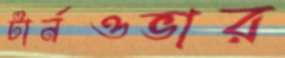
টার্নওভার